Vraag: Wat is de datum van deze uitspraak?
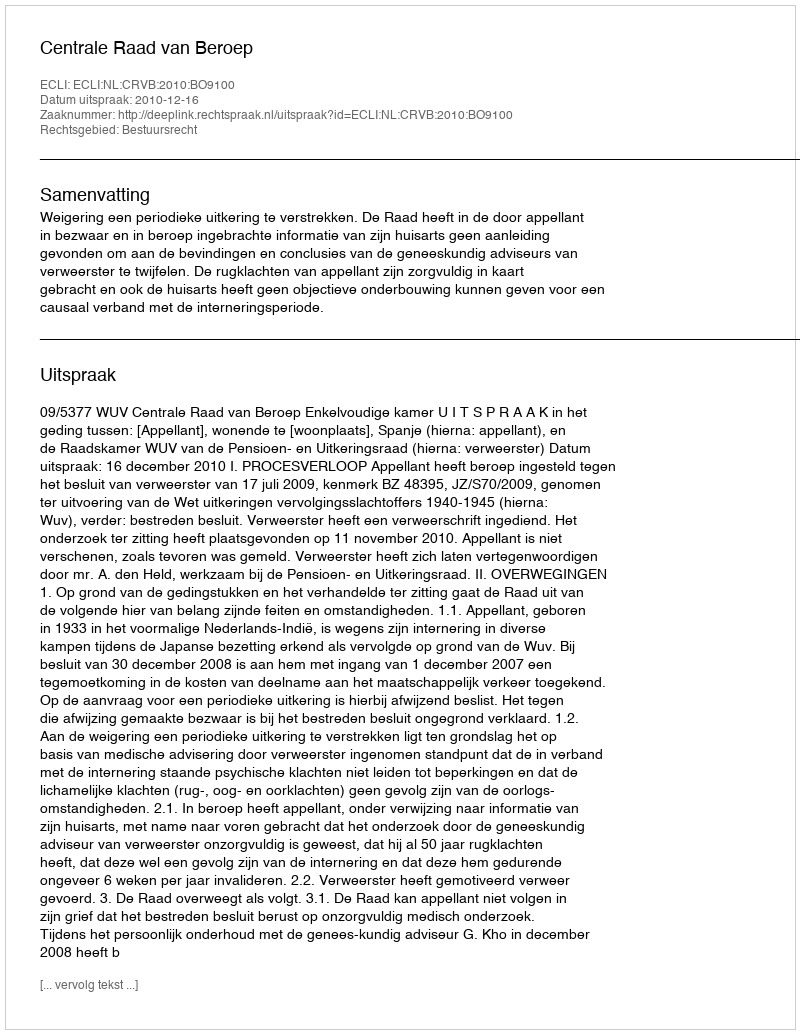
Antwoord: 2010-12-16